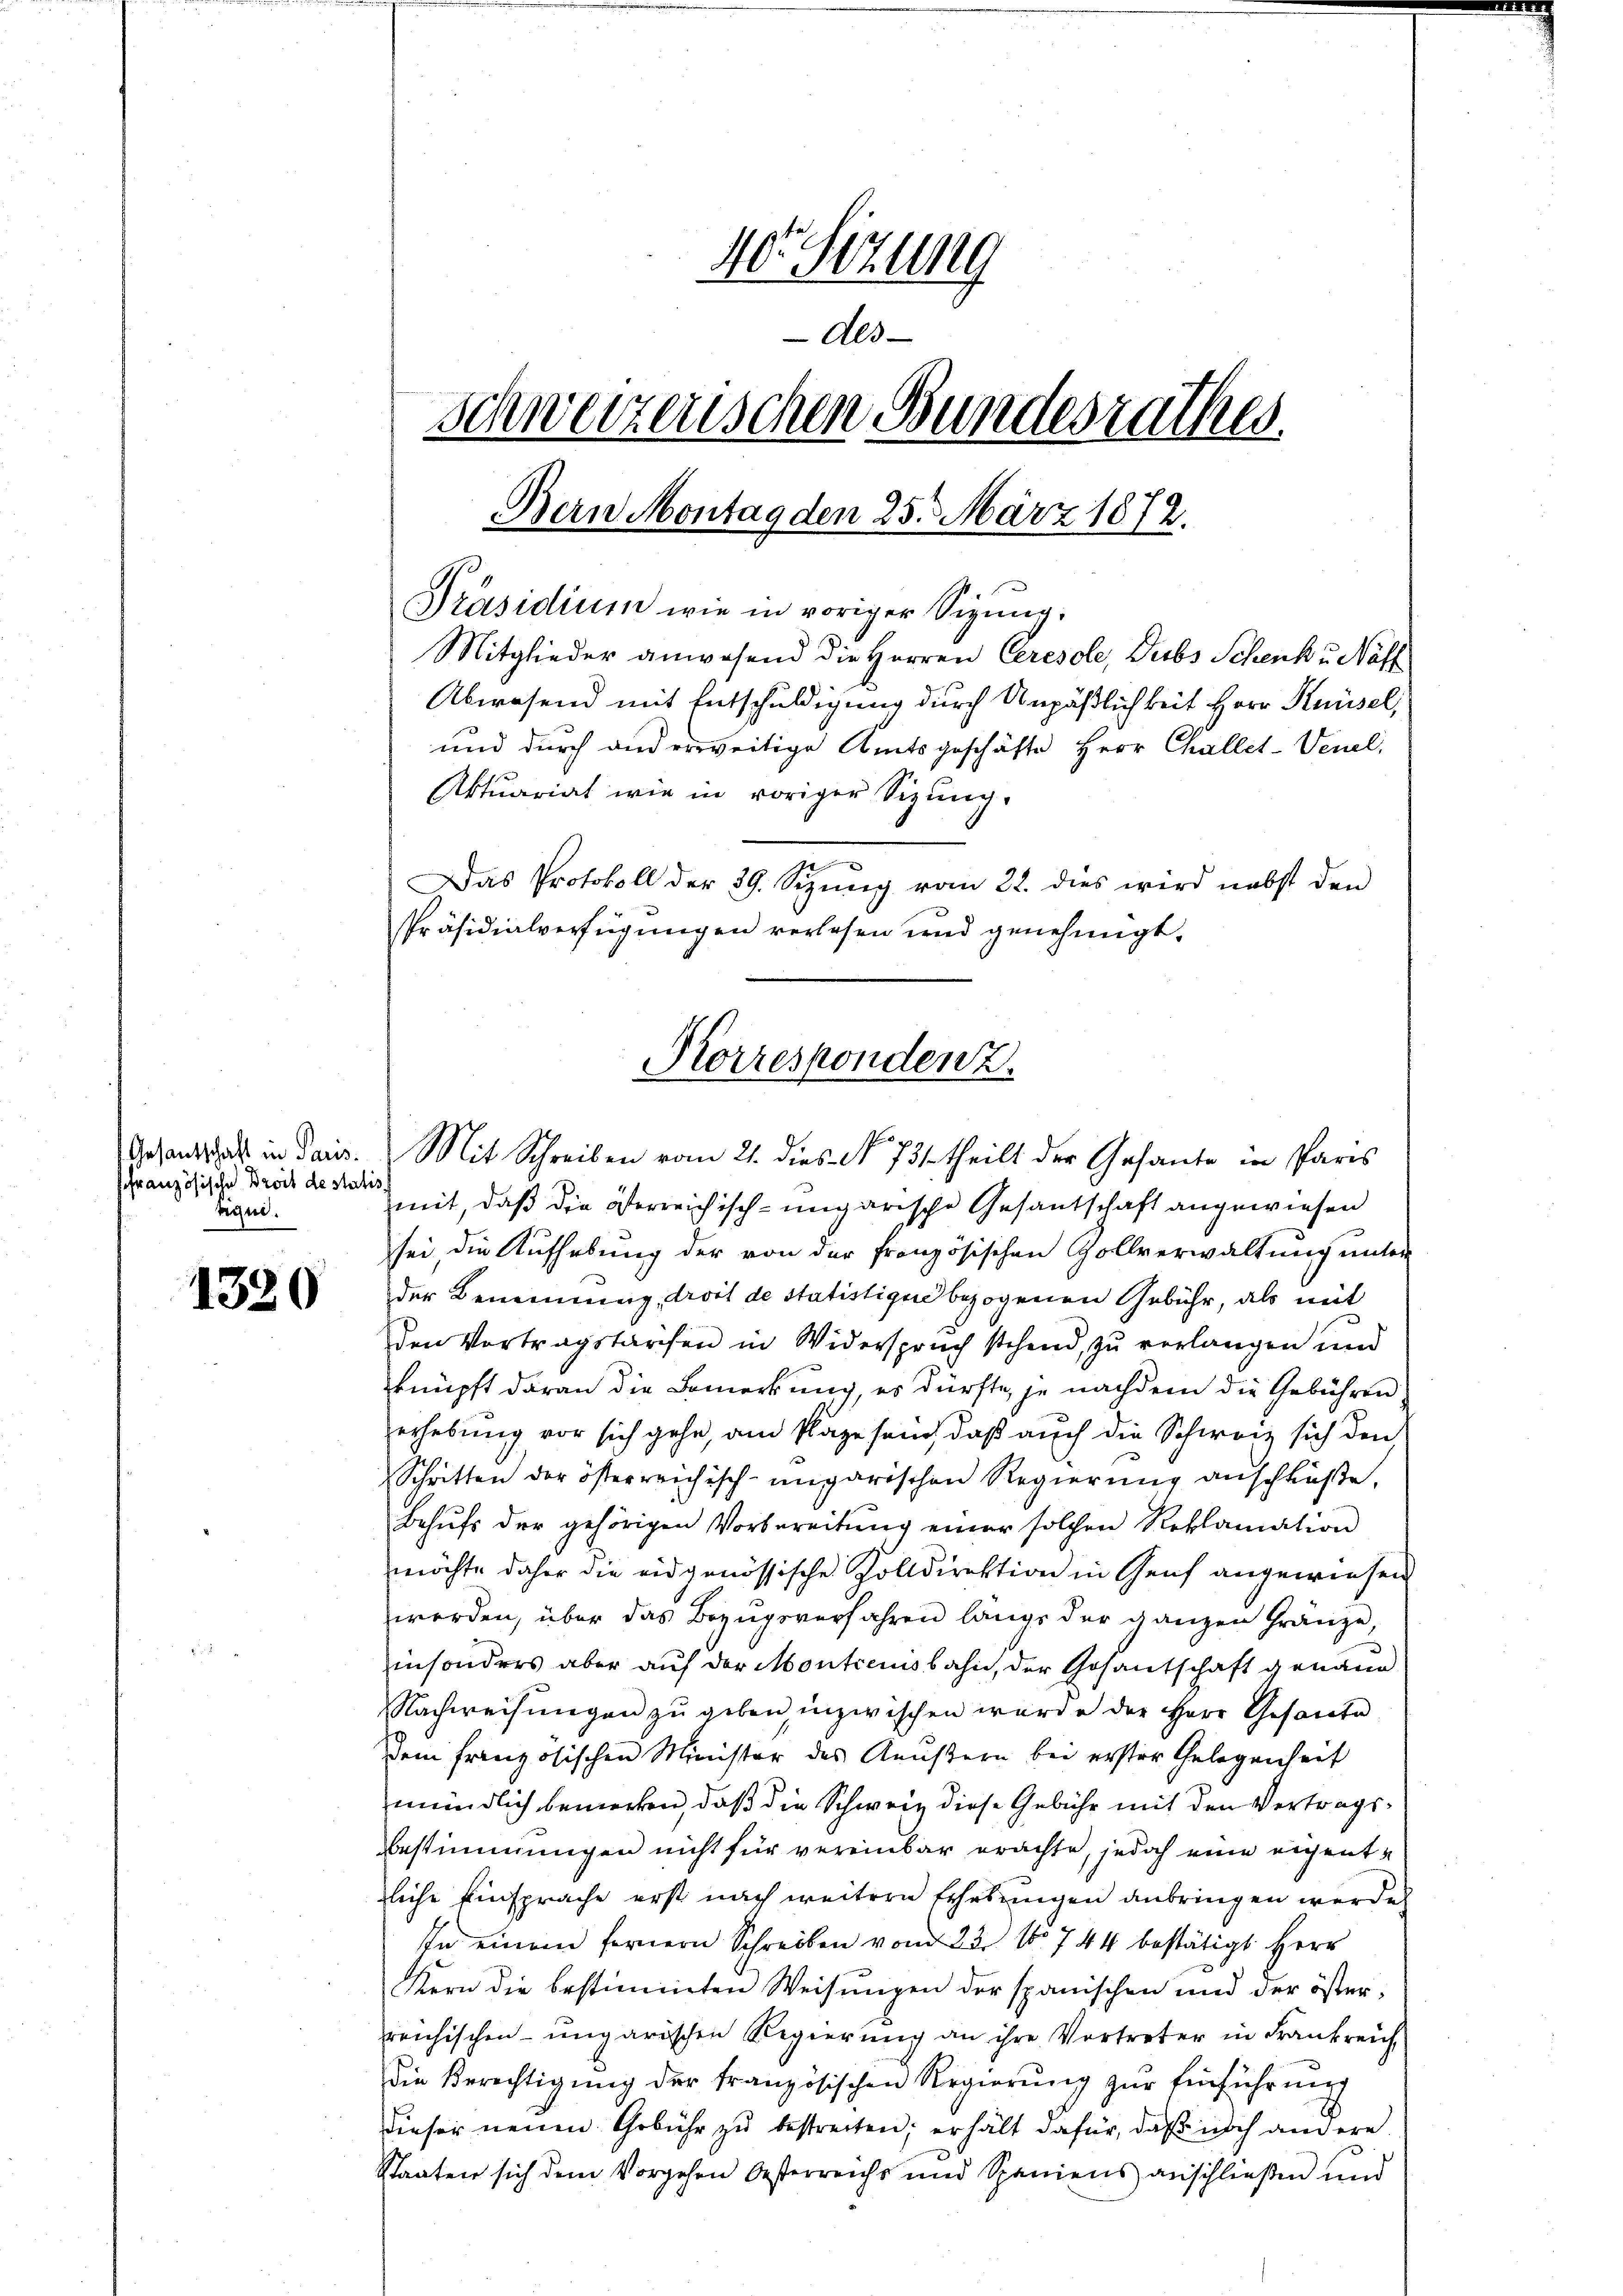
Gesantschaft in Paris.
ffranzösische Broit de stat
Eigne.

1320

40. Sitzung
Als
schweizerischen Bundesrathes.
Bern Montag den 25. März 1872.

Präsidium wie in voriger Sigung.
Mitglieder anwesend die Herren Ceresole, Dubs Schenk u. Näff
Das Protokoll der 39. Sizung vom 22. dies wird nebst den
mit, daß die Herreichisch-ungarische Gesantschaft angewiesen
sei die Aufhebung der von der französischen Zollverwaltung unter
der Benennung, droit de statistiges bezogenen Gebühr, als mit
den Vortragstarfen in Widerspruch stehend, zu verlangen und
knüpft daran die Bemerkung, es dürfte, je nachdem die Gebühren
erhebung vor sich gehe, am Plaze sein, daß auch die Schweiz sich den
Schritten der österreichisch-ungarischen Regierung anschlüße,
Behŭfs der gehörigen Vorbereitŭng einer solchen Reklamation
möchte daher die eidgenössische Zolldirektion in Genf angewiesen
werden, über das Bezugsverfahren langs der ganzen Gränze,
insonders aber auf der Montieinsbahn, der Gosantschaft genaue
Nachweisungen zu geben, inzwischen wurde der Herr Gesandte
dem französischen Minister des Aeußern bei erster Gelegenheit
mündlich bemerken, daß die Schweiz diese Gebühr mit den Vertrags¬
Bestimmungen nicht für vereinbar erachte, jedoch eine eigentliche Einsprache erst nach weitere Erhebungen anbringen werde
In einem fernern Schreiben vom 23. No 744 bestätigt Herr
Kern die bestimmten Weisungen der spanischen und der öster-
reichischen ungarischen Regierung an ihre Vortreter in Frankreich
die Berechtigung der französischen Regierung zur Einführung
dieser neuen Gebühr zu bestreiten; erhält dafür, daß noch andere
Staaten sich dem Vorgehen Oesterreichs und Spaniens anschließen und

Abwesend mit Entschuldigung durch Unpäßlichkeit Herr Knüsel,
und durch und erweitige Amtsgeschäfte Herr Challet-Venel,
Aktuariat wie in voriger Sizŭng.

Präsidialverfügungen verlesen und genehmigt.
Korrespondenz.
Mit Schreiben vom 21. dies No. 731. theilt der Gesante in Paris